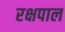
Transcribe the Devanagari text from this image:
रक्षपाल